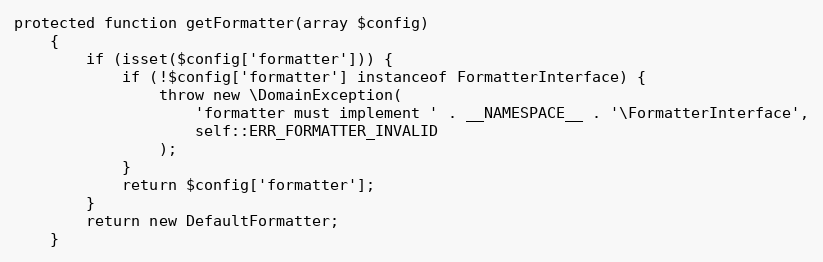
Language: PHP
protected function getFormatter(array $config)
    {
        if (isset($config['formatter'])) {
            if (!$config['formatter'] instanceof FormatterInterface) {
                throw new \DomainException(
                    'formatter must implement ' . __NAMESPACE__ . '\FormatterInterface',
                    self::ERR_FORMATTER_INVALID
                );
            }
            return $config['formatter'];
        }
        return new DefaultFormatter;
    }